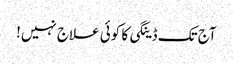
آج تک ڈینگی کا کوئی علاج نہیں!